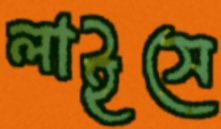
লাইসে